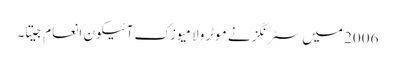
2006 میں سٹرنگز نے موٹرولا میوزک آئیکون انعام جیتا۔